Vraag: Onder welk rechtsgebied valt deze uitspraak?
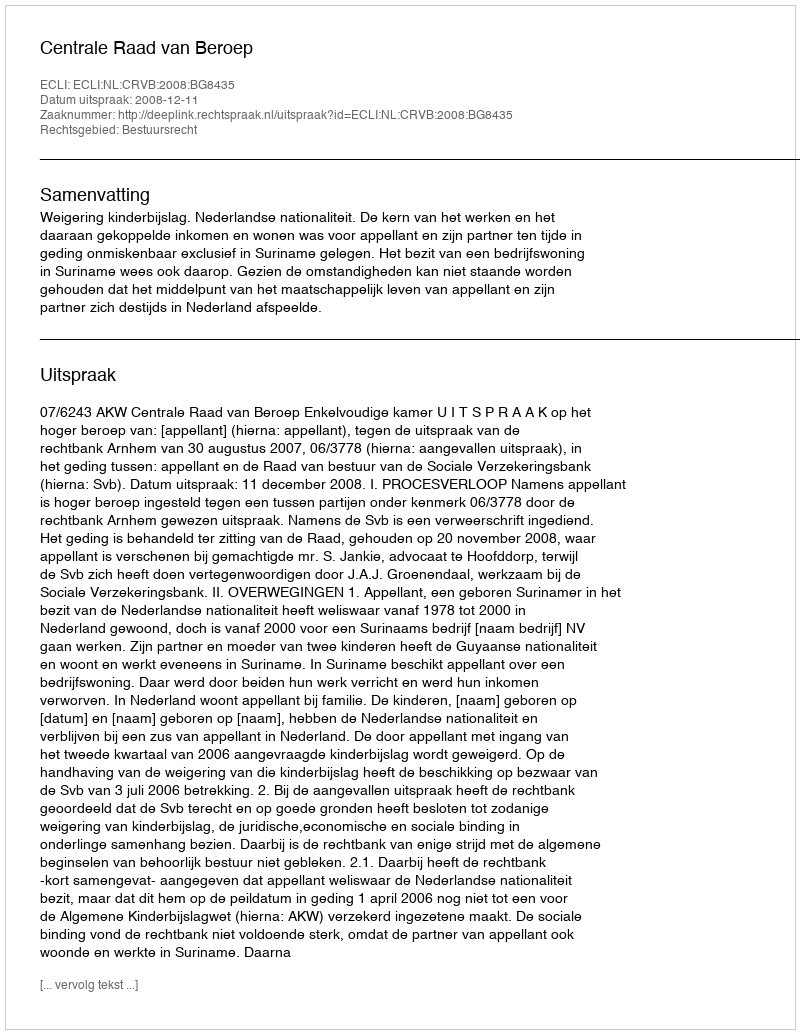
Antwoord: Bestuursrecht